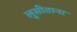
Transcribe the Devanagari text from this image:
लूसीताना